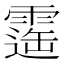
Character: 𩄫